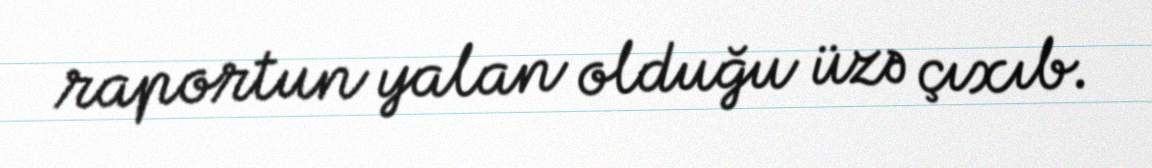
raportun yalan olduğu üzə çıxıb.